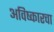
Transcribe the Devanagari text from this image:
अविष्कारचा